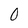
Character: 0